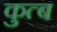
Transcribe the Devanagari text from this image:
कुत्ब